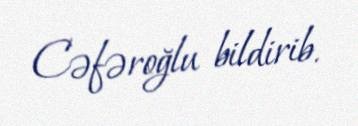
Cəfəroğlu bildirib.